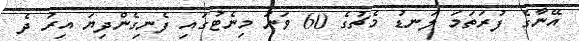
އޭނާގެ ފުރަތަމަ ލަނޑު މެޗުގެ 60 ވަނަ މިނެޓުގައި ފެނިގެންދިޔަ އިރު ދެ